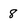
Character: 8